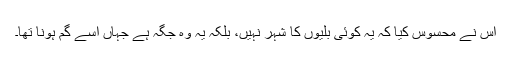
اس نے محسوس کیا کہ یہ کوئی بلّیوں کا شہر نہیں، بلکہ یہ وہ جگہ ہے جہاں اسے گم ہونا تھا۔